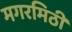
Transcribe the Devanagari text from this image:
मगरमिठी